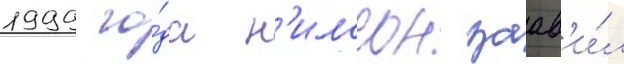
1999 го́да н'илссон заав'и́л